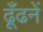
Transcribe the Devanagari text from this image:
ढूँढनें